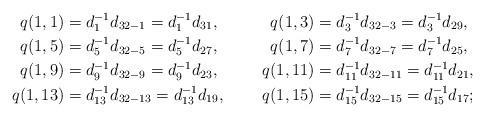
LaTeX: \begin{align*}q(1,1)&=d_1^{-1}d_{32-1}=d_1^{-1}d_{31},& q(1,3)&=d_3^{-1}d_{32-3}=d_3^{-1}d_{29},\\q(1,5)&=d_5^{-1}d_{32-5}=d_5^{-1}d_{27},& q(1,7)&=d_7^{-1}d_{32-7}=d_7^{-1}d_{25},\\q(1,9)&=d_9^{-1}d_{32-9}=d_9^{-1}d_{23},& q(1,11)&=d_{11}^{-1}d_{32-11}=d_{11}^{-1}d_{21},\\q(1,13)&=d_{13}^{-1}d_{32-13}=d_{13}^{-1}d_{19},& q(1,15)&=d_{15}^{-1}d_{32-15}=d_{15}^{-1}d_{17};\end{align*}